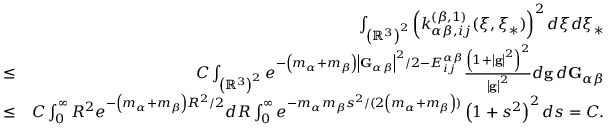
\begin{array} { r l r } & { } & { \int _ { \left( \mathbb { R } ^ { 3 } \right) ^ { 2 } } \left( k _ { \alpha \beta , i j } ^ { \left( \beta , 1 \right) } ( \boldsymbol { \xi } , \boldsymbol { \xi } _ { \ast } ) \right) ^ { 2 } d \boldsymbol { \xi } d \boldsymbol { \xi } _ { \ast } } \\ & { \leq } & { C \int _ { \left( \mathbb { R } ^ { 3 } \right) ^ { 2 } } e ^ { - \left( m _ { \alpha } + m _ { \beta } \right) \left\vert \mathbf { G } _ { \alpha \beta } \right\vert ^ { 2 } / 2 - E _ { i j } ^ { \alpha \beta } } \frac { \left( 1 + \left\vert \mathbf { g } \right\vert ^ { 2 } \right) ^ { 2 } } { \left\vert \mathbf { g } \right\vert ^ { 2 } } d \mathbf { g } \boldsymbol { \, } d \mathbf { G } _ { \alpha \beta } } \\ & { \leq } & { C \int _ { 0 } ^ { \infty } R ^ { 2 } e ^ { - \left( m _ { \alpha } + m _ { \beta } \right) R ^ { 2 } / 2 } d R \int _ { 0 } ^ { \infty } e ^ { - m _ { \alpha } m _ { \beta } s ^ { 2 } / ( 2 \left( m _ { \alpha } + m _ { \beta } \right) ) } \left( 1 + s ^ { 2 } \right) ^ { 2 } d s = C \mathrm { . } } \end{array}